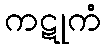
ကဋုကံ